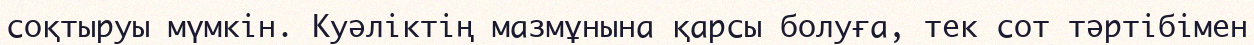
соқтыруы мүмкін. Куәліктің мазмұнына қарсы болуға, тек сот тәртібімен